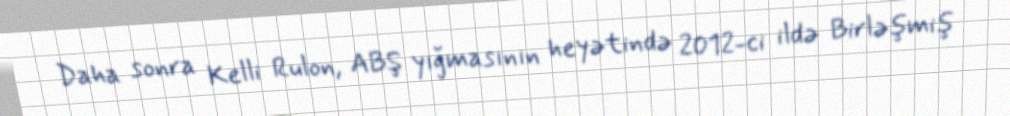
Daha sonra Kelli Rulon, ABŞ yığmasının heyətində 2012-ci ildə Birləşmiş